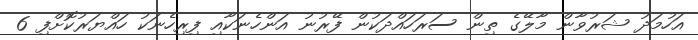
އަހުމަދު ޝަރުވާން މާލޭގެ ތިން ސަރަހައްދަކުން ފޭރުނު އަންހެނަކާއި ފިރިހެނަކު ހައްޔަރުކޮށްފި 6